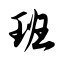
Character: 班